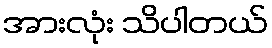
အားလုံး သိပါတယ်